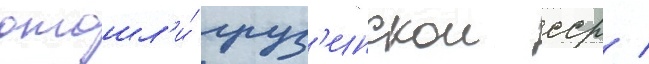
отошл'и́ груз'инскои сср /